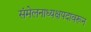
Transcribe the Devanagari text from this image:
संमेलनाध्यक्षपदावरून